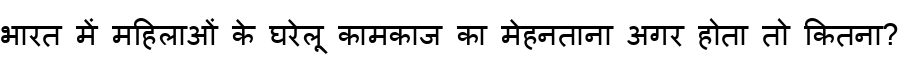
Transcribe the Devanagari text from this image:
भारत में महिलाओं के घरेलू कामकाज का मेहनताना अगर होता तो कितना?